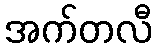
အက်တလီ